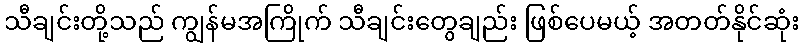
သီချင်းတို့သည် ကျွန်မအကြိုက် သီချင်းတွေချည်း ဖြစ်ပေမယ့် အတတ်နိုင်ဆုံး